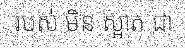
របស់ មិន ស្អាត ជា